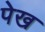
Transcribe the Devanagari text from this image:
पेख